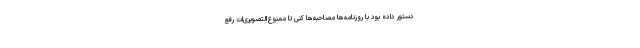
دستور داده بود با روزنامه‌ها مصاحبه‌ها کنی تا ممنوع‌التصویری‌ات رفع